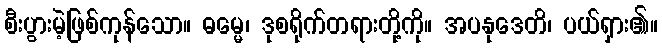
စီးပွားမဲ့ဖြစ်ကုန်သော။ ဓမ္မေ၊ ဒုစရိုက်တရားတို့ကို။ အပနုဒေတိ၊ ပယ်ရှား၏။